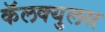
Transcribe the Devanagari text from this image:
कॅलक्युलस